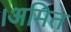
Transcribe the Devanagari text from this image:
।अमित